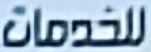
للخدمات